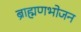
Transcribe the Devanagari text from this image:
ब्राह्मणभोजन